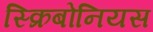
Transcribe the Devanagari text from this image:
स्क्रिबोनियस